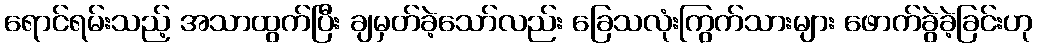
ရောင်ရမ်းသည့် အသာထွက်ပြီး ချမှတ်ခဲ့သော်လည်း ခြေသလုံးကြွက်သားများ ဖောက်ခွဲခဲ့ခြင်းဟု